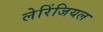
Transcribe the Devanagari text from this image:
लेरिंजियल